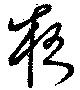
夜